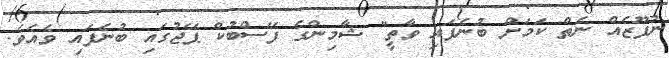
ނުފޫޒެއް ނެތް ކަމަށް ބުނެފައި ވާތީ" ޝާމިންގެ ފޭސްބުކް ޕޭޖުގައި ބުނެފައި ވެއެވެ.